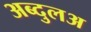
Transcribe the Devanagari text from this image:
अब्दुलअ